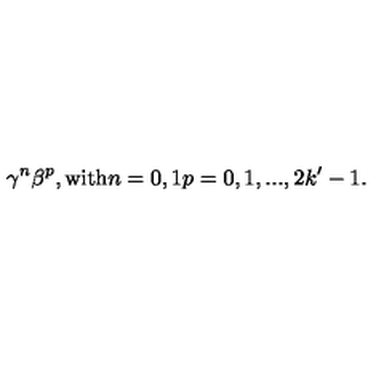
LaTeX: \gamma ^ { n } \beta ^ { p } , \mathrm { w i t h } n = 0 , 1 p = 0 , 1 , . . . , 2 k ^ { \prime } - 1 .